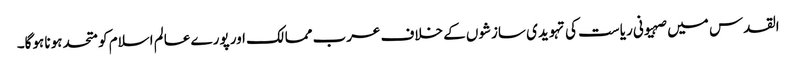
القدس میں صہیونی ریاست کی تہویدی سازشوں کے خلاف عرب ممالک اور پورے عالم اسلام کو متحد ہونا ہوگا۔